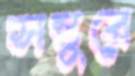
সন্তুরে